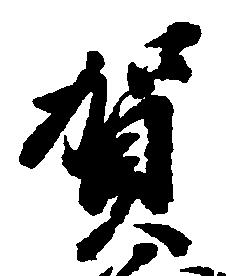
賀